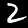
Digit: 2